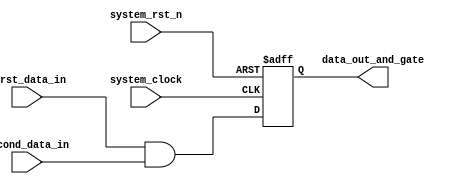
//===== File name: example1_and_gate.v
//===== Version: 1.0
//===== Update Notes: First Version

module example1_and_gate (system_clock, system_rst_n, first_data_in, second_data_in, data_out_and_gate);

//parameter define
parameter DATA_WIDTH = 8;

//input define
input system_clock;
input system_rst_n;
input [DATA_WIDTH-1:0] first_data_in;
input [DATA_WIDTH-1:0] second_data_in;

//output define
output [DATA_WIDTH-1:0] data_out_and_gate;
reg [DATA_WIDTH-1:0] data_out_and_gate;

//internal wire/reg define
wire [DATA_WIDTH-1:0] pre_data_out_and_gate;

//Main functions define
//1.1 Combination logic (and gate)is inplemented by "assign" prototype
assign pre_data_out_and_gate = first_data_in & second_data_in;

//1.3 Sequency logic is inplemented
// system_clock and system_rst_n are events
// system_rst_n is asynchronous and active at falling edged of system_rst_n
always@(posedge system_clock or negedge system_rst_n) begin
    if(system_rst_n==1'b0) begin
       data_out_and_gate <= 0;
    end
    else begin
       data_out_and_gate <= pre_data_out_and_gate;
    end
end

endmodule